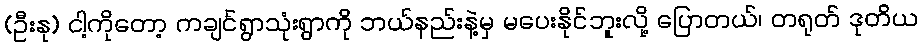
(ဦးနု) ငါ့ကိုတော့ ကချင်ရွာသုံးရွာကို ဘယ်နည်းနဲ့မှ မပေးနိုင်ဘူးလို့ ပြောတယ်၊ တရုတ် ဒုတိယ